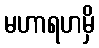
မဟာရဟမှိ